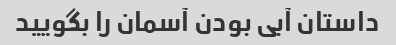
داستان آبی بودن آسمان را بگویید